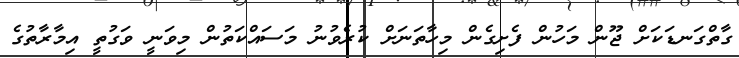
ގާތްގަނޑަކަށް ޖޫން މަހުން ފެށިގެން މިހާތަނަށް ކުރެވުނު މަަސައްކަތުން މިވަނީ ވަގުތީ އިމާރާތުގެ